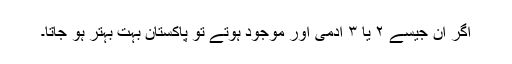
اگر ان جیسے ۲ یا ۳ آدمی اور موجود ہوتے تو پاکستان بہت بہتر ہو جاتا۔